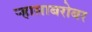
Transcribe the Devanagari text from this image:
ऱ्हासाबरोबर